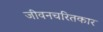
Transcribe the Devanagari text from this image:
जीवनचरितकार